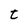
Character: t